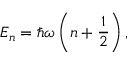
E _ { n } = \hbar \omega \left( n + { \frac { 1 } { 2 } } \right) ,